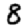
Digit: 8